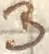
Text: B